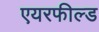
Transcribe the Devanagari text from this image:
एयरफील्‍ड